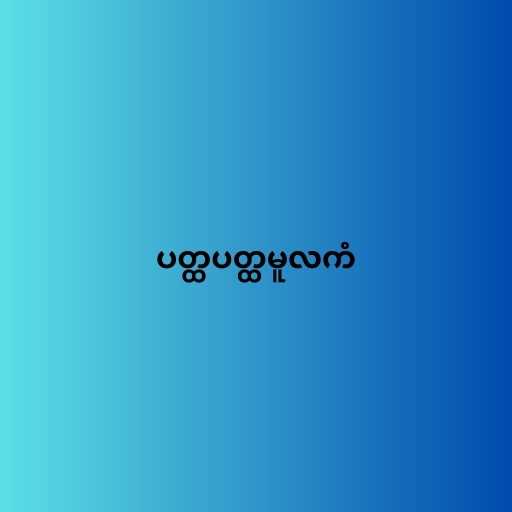
ပတ္ထပတ္ထမူလကံ